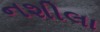
નશીલા